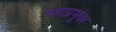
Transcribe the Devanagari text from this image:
महाप्रभूंवर